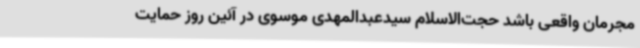
مجرمان واقعی باشد حجت‌الاسلام سیدعبدالمهدی موسوی در آئین روز حمایت